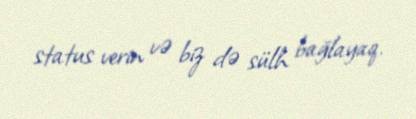
status verin və biz də sülh bağlayaq.